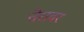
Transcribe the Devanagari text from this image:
तेरावर